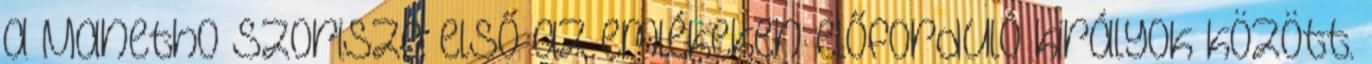
a Manetho Szorisza első az emlékeken előforduló királyok között.